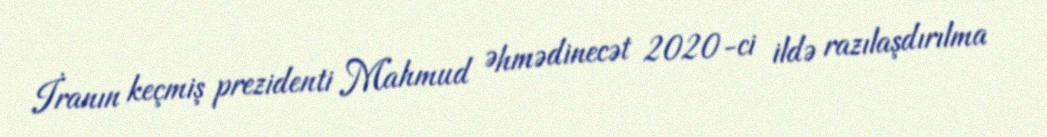
İranın keçmiş prezidenti Mahmud Əhmədinecət 2020-ci ildə razılaşdırılma